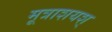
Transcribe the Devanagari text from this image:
मूत्राशयश्